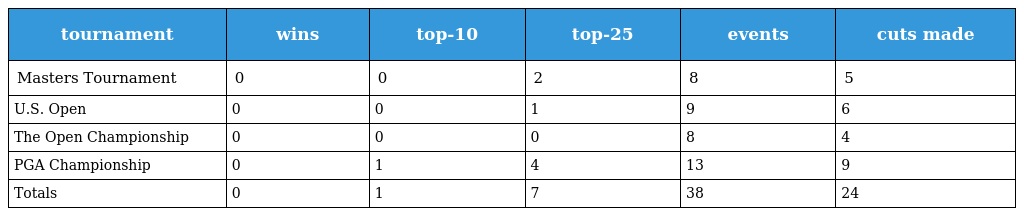
| tournament | wins | top-10 | top-25 | events | cuts made |
 | --- | --- | --- | --- | --- | --- |
 | Masters Tournament | 0 | 0 | 2 | 8 | 5 |
 | U.S. Open | 0 | 0 | 1 | 9 | 6 |
 | The Open Championship | 0 | 0 | 0 | 8 | 4 |
 | PGA Championship | 0 | 1 | 4 | 13 | 9 |
 | Totals | 0 | 1 | 7 | 38 | 24 |